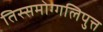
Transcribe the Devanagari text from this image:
तिस्समोग्गलिपुत्त